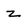
Character: z